Annual statistical returns and brief notes on vaccination in Bengal - 1909-1929
Year: 1909
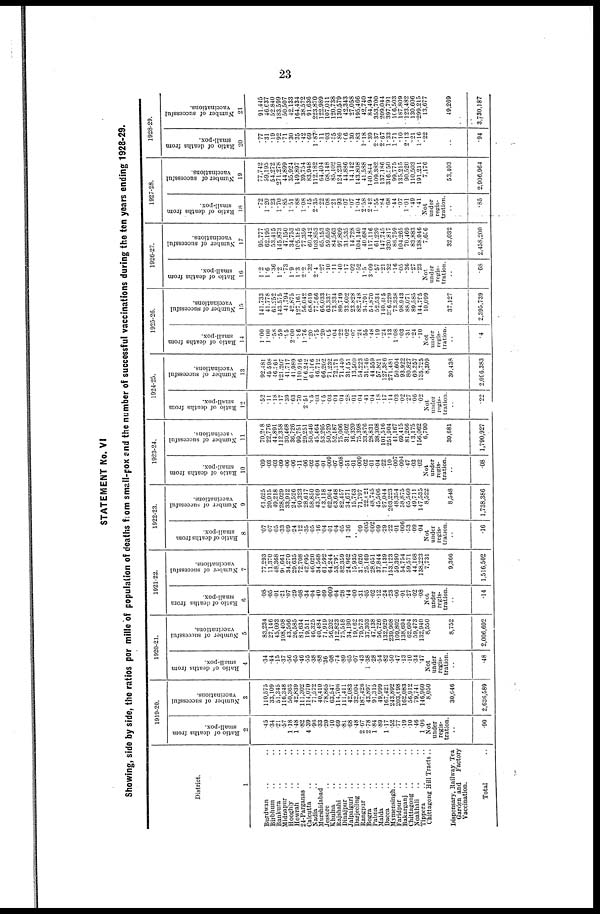
23
STATEMENT No. VI
Showing, side by side, the ratios per mille of population of deaths from small-pox and the number of successful vaccinations during the ten years ending 1928-29.
District.
1
Burdwan .. ..
Birbhum .. ..
Bankura .. ..
Midnapur .. ..
Hooghly .. ..
Howrah .. ..
24-Parganas .. ..
Calcutta .. ..
Nadia .. ..
Murshidabad ..
Jessore .. ..
Khulna .. ..
Rajshahi .. ..
Dinajpur .. ..
Jalpaiguri .. ..
Darjeeling .. ..
Rangpur .. ..
Bogra .. ..
Pabna .. ..
Malda .. ..
Dacca .. ..
Mymensingh..
Faridpur .. ..
Bakarganj .. ..
Chittagong .. ..
Noakhali .. ..
Tippera .. ..
Chittagong Hill Tracts ..
Dispensary, Railway. Tea
Garden and
Factory
Vaccination.
Total ..
1919-20.
Ratio of deaths from
small-pox.
2
.45
.34
.21
.57
1.18
1.48
.82
4.39
.96
.33
.20
.10
.69
.81
.68
.48
2.67
2.78
1.84
.89
1.17
.52
.77
.19
.10
.46
1.06
Not
under
regis-
tration.
..
.90
Number of successful
vaccinations.
3
110,575
33,109
51,345
116,348
50,363
42,839
111,302
114,070
71,572
40,410
78,865
63,547
114,706
111,411
42,083
32,004
187,426
43,897
91,315
49,999
167,421
243,892
203,698
162,083
56,912
79,741
146,960
8,050
30,646
2,630,589
1920-21.
Ratio of deaths from
small-pox.
4
.34
.44
.15
.37
.56
.65
.46
.55
.38
.88
.36
.08
.74
.89
.65
.07
.43
1.38
.28
.54
.82
.50
.47
.13
.10
.34
.47
Not
under
regis-
tration.
..
.48
Number of successful
vaccinations.
5
83,234
27,146
45,093
108,408
43,566
26,585
81,634
19,511
46,325
40,484
71,919
56,202
112,823
75,518
34,190
19,062
79,573
37,303
47,138
56,726
132,929
239,908
109,802
138,694
62,604
59,473
132,940
8,550
8,752
2,006,692
1921-22.
Ratio of deaths from
small-pox.
6
.08
.05
.01
.21
.07
.29
.08
.34
.04
.40
.09
.009
.04
.28
.44
.00
.31
.05
.02
.12
.24
.23
.06
.01
.27
.02
.08
Not
under
regis-
tration.
..
.14
Number of successful
vaccinations.
7
77,293
11,370
48,368
90,661
34,270
29,635
72,708
42,695
46,020
34,568
61,592
64,244
53,797
82,359
24,962
15,935
30,626
25,169
28,651
37,844
71,139
153,123
59,390
54,754
59,571
44,168
138,223
7,731
9,366
1,516,502
1922-23.
Ratio of deaths from
small-pox.
8
.07
.07
.05
.33
.09
.24
.12
.35
.05
.16
.04
.01
.04
.05
1.36
..
.09
.005
.002
.09
.29
.22
.01
.006
.53
.09
.04
Not
under
regis-
tration.
..
.16
Number of successful
vaccinations.
9
61,625
20,915
49,218
128,029
33,912
24,526
90,323
28,617
58,850
43,769
63,118
62,904
63,648
82,457
34,671
15,763
71,797
22,021
48,745
45,506
97,044
203,223
48,354
58,875
65,560
49,711
147,535
8,522
8,548
1,738,386
1923-24.
Ratio of deaths from
small-pox.
10
.09
.03
.03
.09
.06
.06
.11
.06
.02
.04
.01
.009
.07
.008
.51
.01
.009
.02
.01
.04
.22
.10
.007
.004
.47
.03
.02
Not
under
regis-
tration.
..
.08
Number of successful
vaccinations.
11
70,268
22,776
44,891
112,358
30,468
36,726
99,751
20,251
50,646
45,464
53,295
50,529
52,187
75,006
31,602
16,320
75,398
33,876
28,831
38,308
101,516
251,904
41,167
69,415
81,266
63,175
156,062
6,790
39,681
1,790,927
1924-25.
Ratio of deaths from
small-pox.
12
.52
.11
.18
.17
.39
.63
.70
2.51
.05
.03
.05
.03
.04
.04
.28
.01
.04
.41
.04
.18
.17
.14
.03
.02
.27
.06
.02
Not
under
regis-
tration.
..
.22
Number of successful
vaccinations.
13
92,481
45,598
46,261
121,207
41,717
41,989
110,916
106,242
61,106
46,712
66,202
71,232
72,171
71,440
31,051
13,500
54,223
31,746
44,559
57,821
127,386
271,481
50,604
93,922
80,827
69,257
135,7255
8,309
30,438
2,096,383
1925-26.
Ratio of deaths from
small-pox.
14
1.00
1.00
.58
.59
.95
2.00
.86
1.76
.20
.75
.20
.05
.04
.22
.02
.07
.24
.55
.48
.19
.24
.13
1.08
.03
.31
.24
.10
Not
under
regis-
tration.
..
.4
Number of successful
vaccinations.
15
141,733
41,778
61,252
143,575
41,794
42,875
127,161
56,042
68,619
77,366
66,033
63,337
73,334
89,749
33,602
23,828
82,748
34,791
54,870
52,534
140,485
306,229
73,338
98,943
88,071
89,585
144,795
10,099
37,127
2,395,739
1926-27.
Ratio of deaths from
small-pox.
16
1.2
1.6
.36
1.2
.73
1.9
1.3
2.2
.32
2.4
.27
.10
.11
.40
.17
.02
.52
1.5
3.09
.57
.21
.32
.16
.05
.36
.27
.23
Not
under
regis-
tration.
..
.68
Number of successful
vaccinations.
17
95,777
62,195
53,415
145,873
47,150
34,753
105,185
77,359
60,442
103,853
65,153
59,659
84,563
97,809
31,535
14,728
104,140
40,684
117,116
61,239
147,745
320,817
86,759
104,265
70,469
83,883
138,946
7,656
32,032
2,458,200
1927-28.
Ratio of deaths from
small-pox.
18
.72
1.20
.23
1.70
.85
1.51
.88
1.08
.45
2.35
.22
.08
.21
.93
.07
.07
1.04
2.58
2.42
1.55
.84
.68
.44
.07
1.01
.49
.41
Not
under
regis-
tration .
..
.85
Number of successful
vaccinations.
19
77,742
59,195
54,272
271,278
44,899
35,924
149,897
39,754
83,948
112,182
64,404
68,148
85,102
124,230
44,886
14,142
143,808
41,588
140,844
109,382
137,186
316,350
99,775
135,215
90,520
110,503
191,211
7,176
53,403
2,906,964
1928-29.
Ratio of deaths from
small-pox.
20
.77
.31
.19
.92
.71
.30
.35
.42
.69
1.87
.11
.03
.55
.86
.06
.30
.83
1.18
.39
2.37
2.67
1.33
1.71
.10
2.13
.21
1.16
.22
..
.94
Number of successful
vaccinations.
21
91,445
46,637
52,840
183,599
50,507
42,133
164,434
38,572
91,636
223,870
122,989
107,011
120,738
130,579
42,343
27,058
195,466
42,740
84,494
353,700
209,044
397,791
106,503
187,809
123,482
130,606
299,215
13,677
49,269
3,730,187